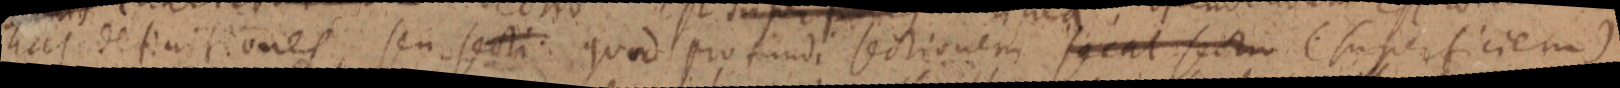
hat definitiones, seu secti quod pro fundi sectionem secat sectio (superficiem)